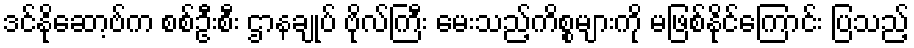
ဒင်နိုဆော့ဗ်က စစ်ဦးစီး ဌာနချုပ် ဗိုလ်ကြီး မေးသည့်ကိစ္စများကို မဖြစ်နိုင်ကြောင်း ပြသည့်